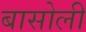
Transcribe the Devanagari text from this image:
बासोली